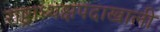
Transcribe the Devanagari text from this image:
राष्ट्राध्यक्षपदाखाली